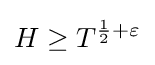
H\geq T^{{\frac {1}{2}}+\varepsilon }